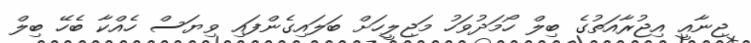
ޖިނާއީ އިޖުރާއަތުގެ ބިލް ހޯމަދުވަހު މަޖިލީހަށް ބަލައިގެންފައި ވިޔަސް ހެއްކާ ބެހޭ ބިލް